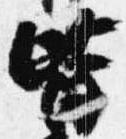
皆